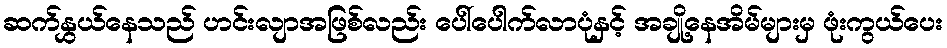
ဆက်နွှယ်နေသည် ဟင်းလျာအဖြစ်လည်း ပေါ်ပေါက်လာပုံနှင့် အချို့နေအိမ်များမှ ဖုံးကွယ်ပေး